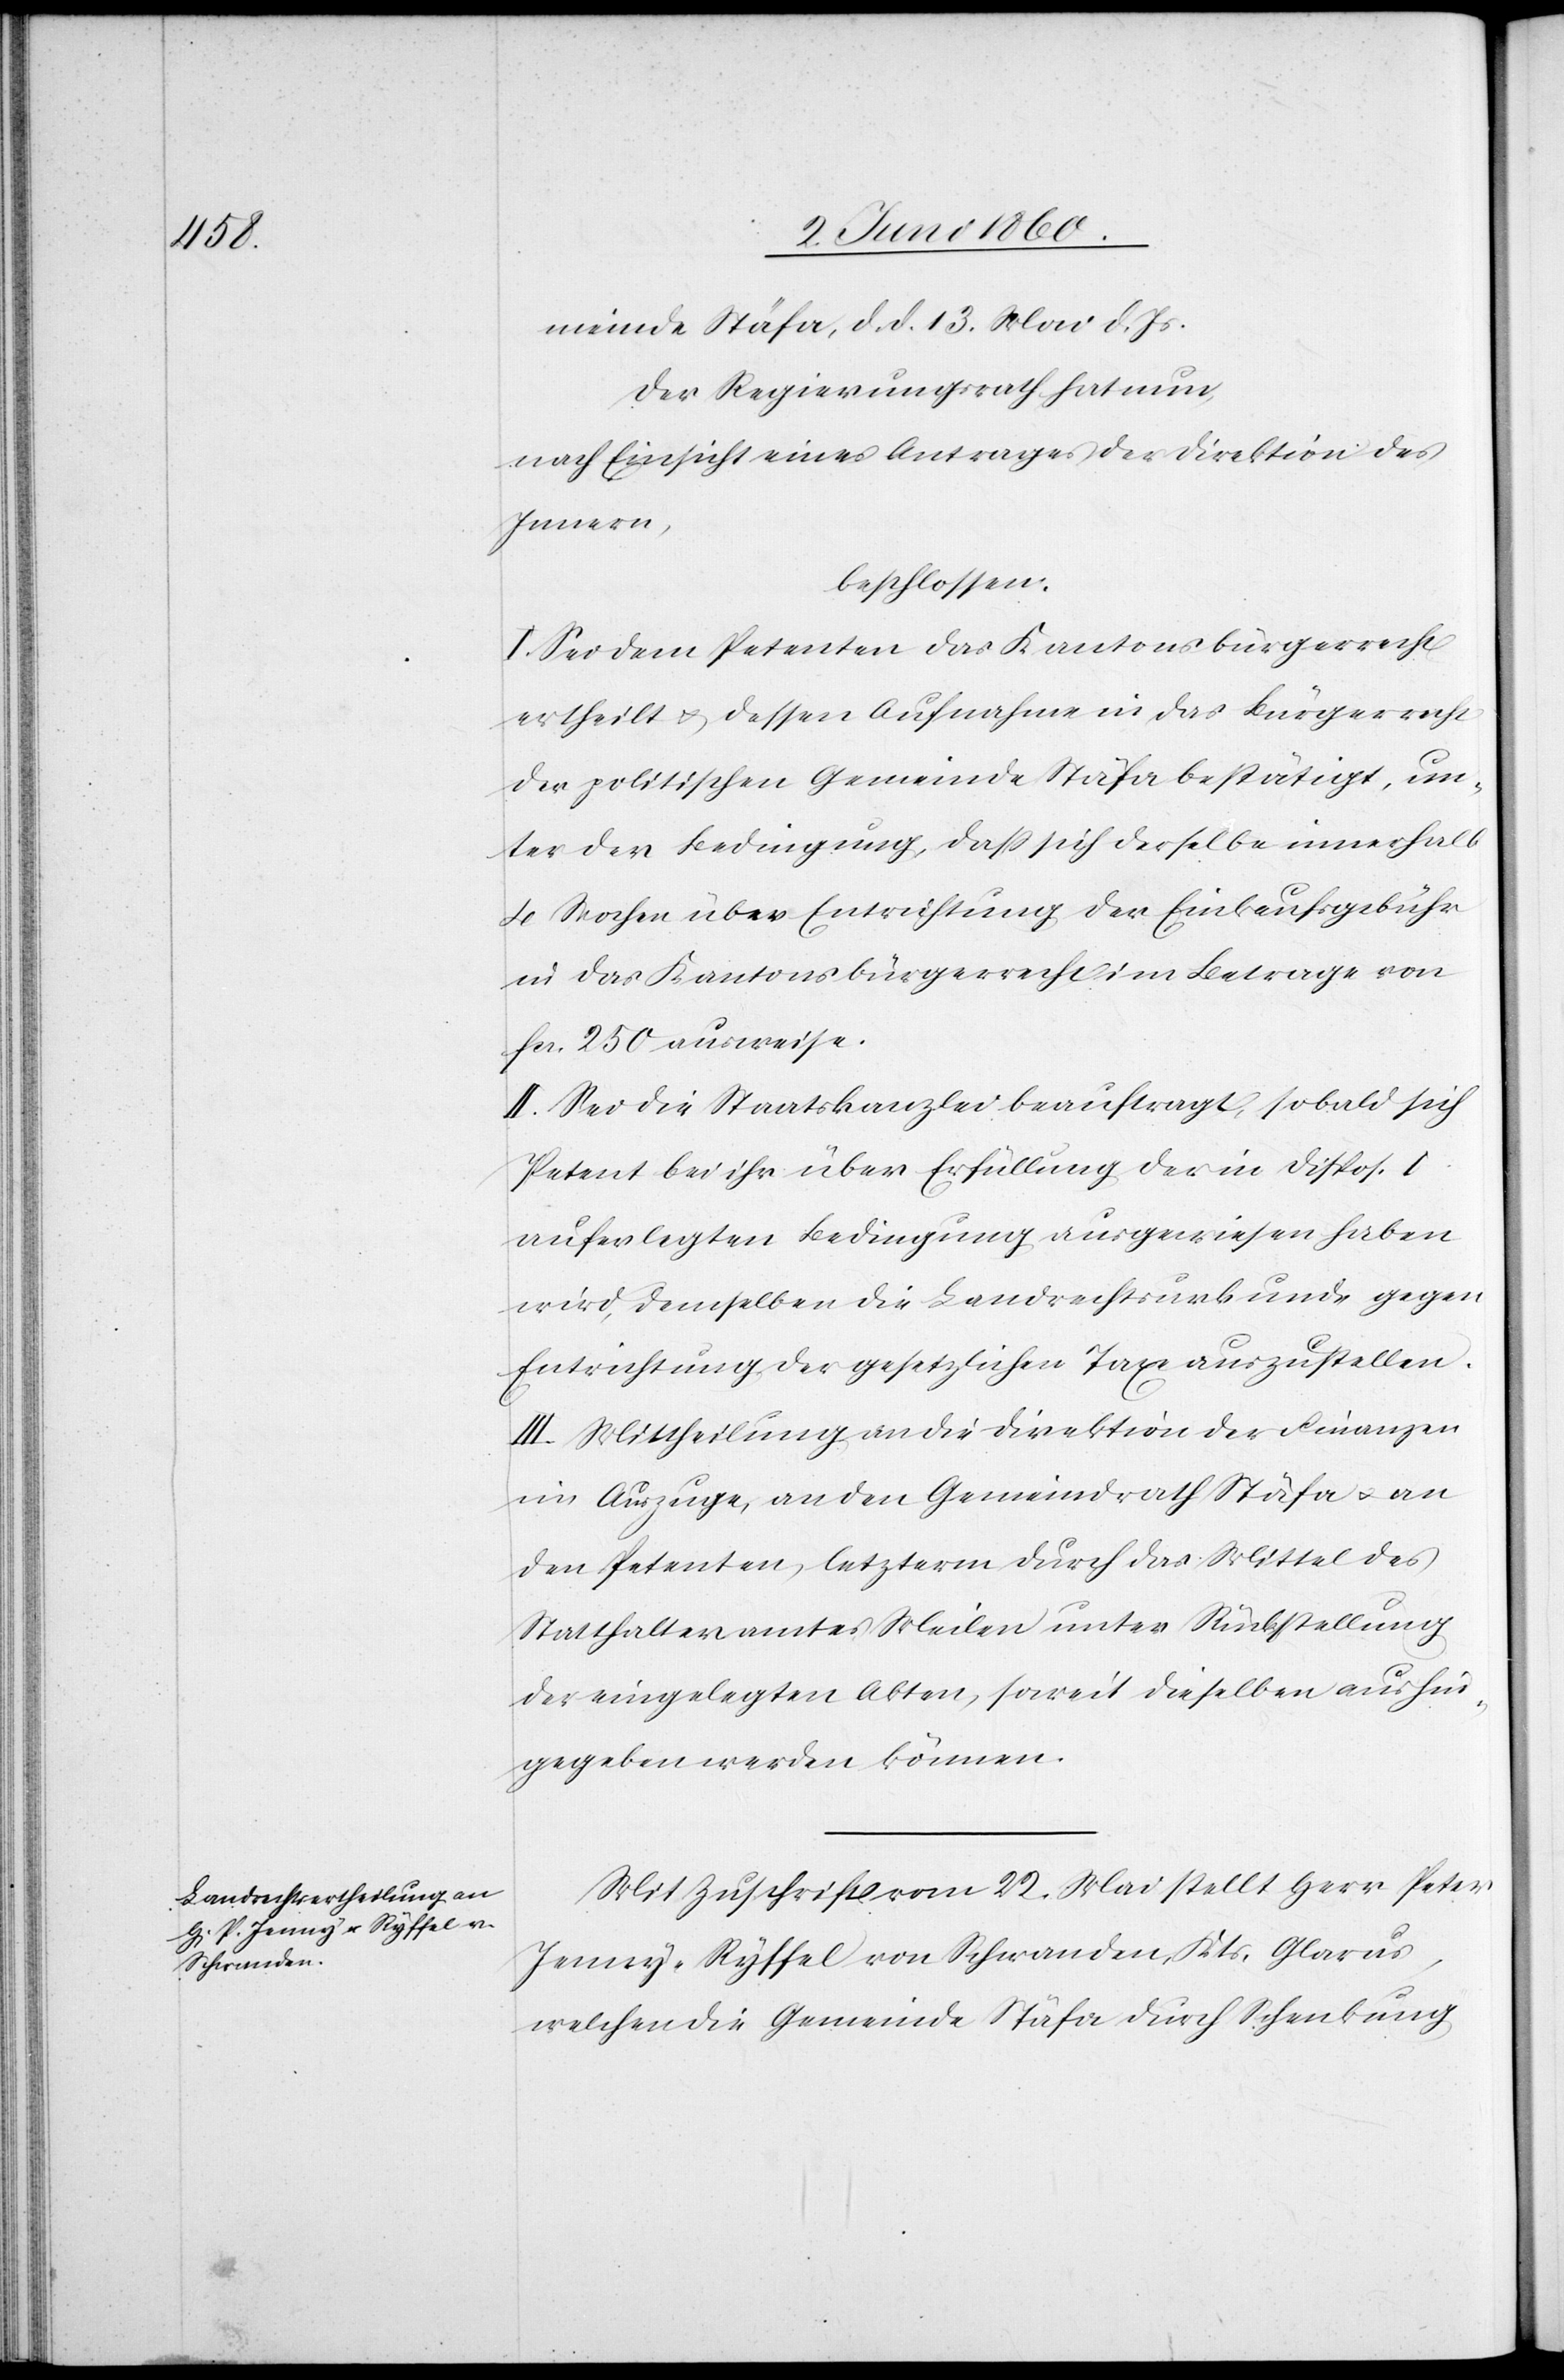
meinde Stäfa, d. d. 13. Mai d. Js.
Der Regierungsrath hat nun,
nach Einsicht eines Antrages der Direktion des
Innern,
beschlossen:
I. Sei dem Petenten das Kantonsbürgerrecht
ertheilt u. dessen Aufnahme in das Bürgerrecht
der politischen Gemeinde Stäfa bestätigt, un¬
ter der Bedingung, daß sich derselbe innerhalb
4 Wochen über Entrichtung der Einkaufsgebühr
in das Kantonsbürgerrecht im Betrage von
fcs. 250 ausweise.
II. Sei die Staatskanzlei beauftragt, sobald sich
Petent bei ihr über Erfüllung der in Dispos. I
auferlegten Bedingung ausgewiesen haben
wird, demselben die Landrechtsurkunde gegen
Entrichtung der gesetzlichen Taxe auszustellen.
III. Mittheilung an die Direktion der Finanzen
im Auszuge, an den Gemeindrath Stäfa u. an
den Petenten, letzterm durch das Mittel des
Statthalteramtes Meilen unter Rückstellung
der eingelegten Akten, soweit dieselben aushin¬
gegeben werden können.
Mit Zuschrift vom 22. Mai stellt Herr Peter
Jenny-Ryffel von Schwanden, Kts. Glarus,
welchen die Gemeinde Stäfa durch Schenkung